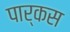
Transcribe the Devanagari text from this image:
पार्कस